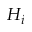
H _ { i }